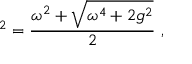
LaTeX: \mathrm { \Omega } ^ { 2 } = { \frac { \omega ^ { 2 } + \sqrt { \omega ^ { 4 } + 2 g ^ { 2 } } } { 2 } } \ ,